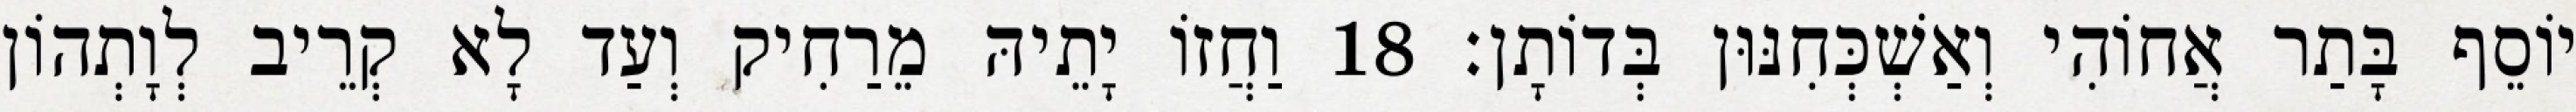
יוֹסֵף בָּתַר אֲחוֹהִי וְאַשְׁכְּחִנּוּן בְּדוֹתָן׃ 18 וַחֲזוֹ יָתֵיהּ מֵרַחִיק וְעַד לָא קְרֵיב לְוָתְהוֹן